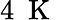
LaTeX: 4\ \mathrm{~K~}